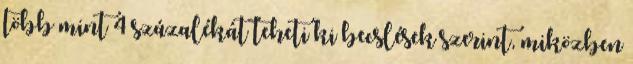
több mint 4 százalékát teheti ki becslések szerint, miközben